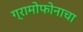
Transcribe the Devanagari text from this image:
ग्रामोफोनाचा